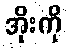
အိုးကို